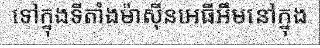
ទៅក្នុងទីតាំងម៉ាស៊ីនអេធីអឹមនៅក្នុង